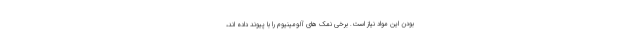
بودن این مواد نیاز است. برخی نمک های آلومینیوم را با پیوند داده اند،